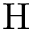
\mathrm { H }